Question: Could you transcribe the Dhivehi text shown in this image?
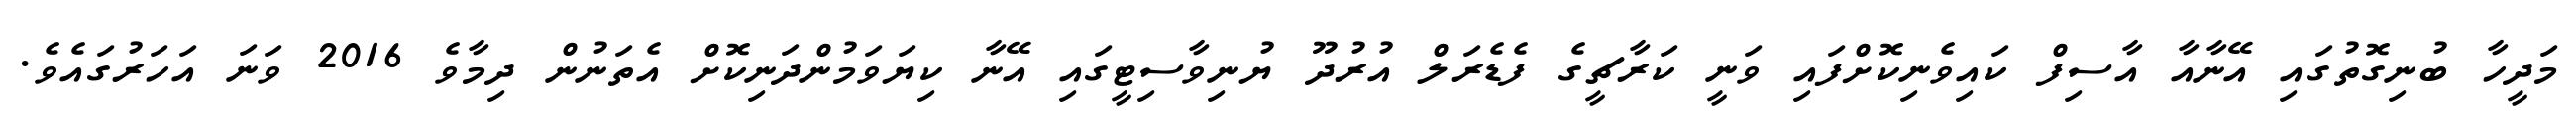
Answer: މަދީހާ ބުނިގޮތުގައި އޭނާއާ އާސިފް ކައިވެނިކޮށްފައި ވަނީ ކަރާޗީގެ ފެޑެރަލް އުރުދޫ ޔުނިވާސިޓީގައި އޭނާ ކިޔަވަމުންދަނިކޮށް އެތަނުން ދިމާވެ 2016 ވަނަ އަހަރުގައެވެ.